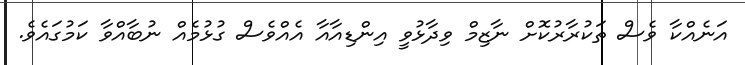
އަނެއްކާ ވެސް ތަކުރާރުކޮށް ނާޒިމް ވިދާޅުވީ އިންޑިއާއާ އެއްވެސް ގުޅުމެއް ނުބާއްވާ ކަމުގައެވެ.